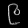
Digit: ၉